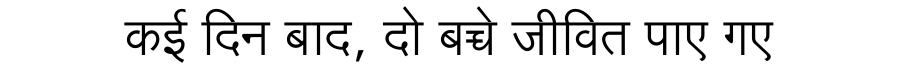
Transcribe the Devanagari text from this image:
कई दिन बाद, दो बच्चे जीवित पाए गए